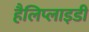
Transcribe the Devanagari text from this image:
हैलिप्लाइडी